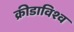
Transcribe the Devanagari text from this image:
क्रीडाविश्व